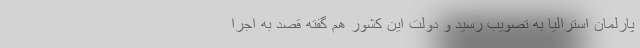
پارلمان استرالیا به تصویب رسید و دولت این کشور هم گفته قصد به اجرا